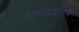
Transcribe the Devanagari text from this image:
भाग्नावशेथ